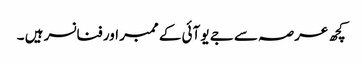
کچھ عرصہ سے جے یو آئی کے ممبر اور فنانسر ہیں ۔